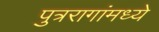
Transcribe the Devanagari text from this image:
पुत्ररागांमध्ये